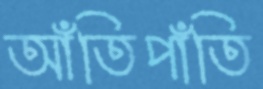
আঁতিপাঁতি